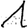
Digit: 1